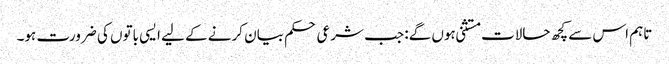
تاہم اس سے کچھ حالات مستثنی ہوں گے: جب شرعی حکم بیان کرنے کے لیے ایسی باتوں کی ضرورت ہو۔